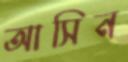
আসিন